Lunatic asylums Punjab 1868-1880 - 1868-1880
Year: 1868
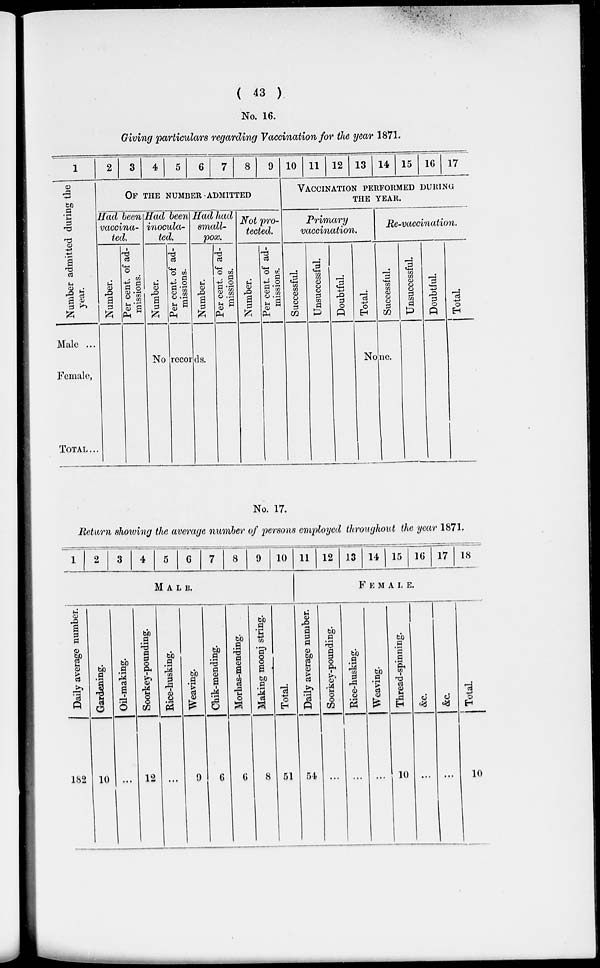
( 43 )
No. 16.
Giving particulars regarding Vaccination for the year 1871.
1
Number admitted during the
year.
Male ...
Female,
TOTAL ...
2
3
4
5
6
7
8
9
OF THE NUMBER ADMITTED
Had been
vaccina-
ted.
Number.
Per cent, of ad-
missions.
Had been
inocula-
ted.
Number.
Per cent. of ad-
missions.
Had had
small-
pox.
Number.
No records.
Per cent. of ad-
missions.
Not
tect
proed.
Number.
Per cent. of ad-
missions.
10 11 12 13 14 15 16 17
VACCINATION PERFORMED DURING
THE YEAR.
Primary
vaccination.
Successful
Unsuccessful.
Doubtful
Total.
Re-vaccination.
Successful.
None.
Unsuccessful
Doubtful
Total.
No. 17.
Return showing the average number of persons employed throughout the year 1871.
1
2
3
4
5
6
7 8 9 10
MALE.
Daily average number.
182
Gardening.
10
Oil-making.
...
Soorkey-pounding.
12
Rice-busking.
...
Weaving.
9
Chik-mending.
6
Morhas-mending.
6
Making moonj string.
8
Total
51
11 12 13 14 15 16 17 18
FEMALE.
Daily average number.
54
Soorkey-pounding.
...
Rice-husking.
...
Weaving.
...
Thread-spinning.
10
&c.
...
&c.
...
Total
10